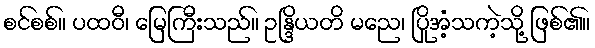
စင်စစ်။ ပထဝီ၊ မြေကြီးသည်။ ဥန္ဒြိယတိ မညေ၊ ပြိုအံ့သကဲ့သို့ ဖြစ်၏။